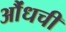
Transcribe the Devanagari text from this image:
औंधची